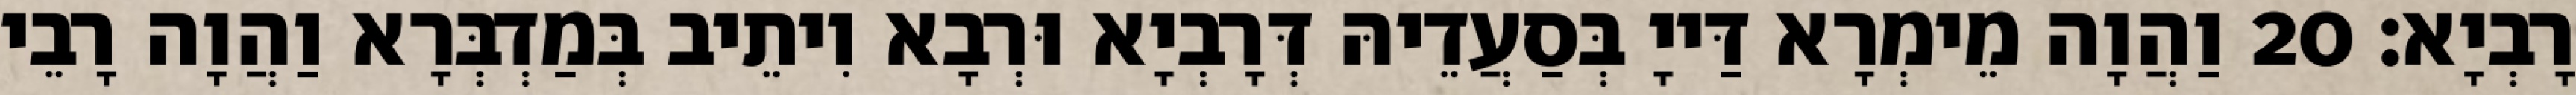
רָבְיָא׃ 20 וַהֲוָה מֵימְרָא דַּייָ בְּסַעֲדֵיהּ דְּרָבְיָא וּרְבָא וִיתֵיב בְּמַדְבְּרָא וַהֲוָה רָבֵי